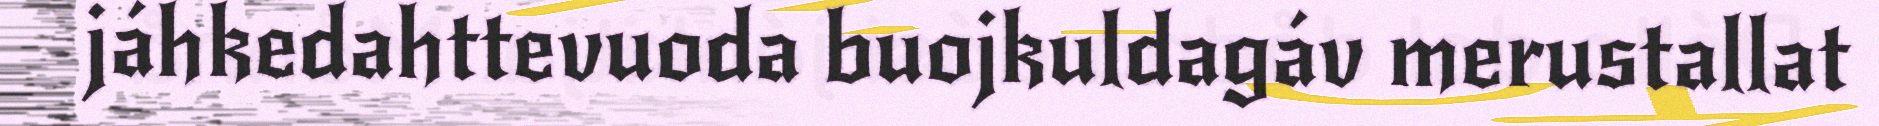
jáhkedahttevuoda buojkuldagáv merustallat